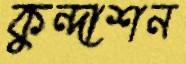
কুন্দাশন